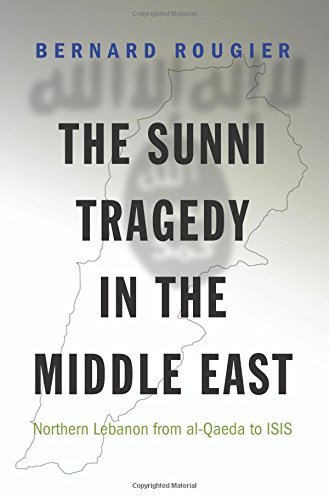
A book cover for The Sunni Tragedy in the Middle East: Northern Lebanon from al-Qaeda to ISIS (Princeton Studies in Muslim Politics); Bernard Rougier; History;